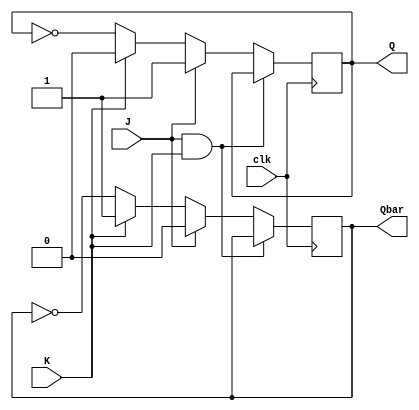
module jk_flipflop(
    input wire J,
    input wire K,
    input wire clk,
    output reg Q,
    output reg Qbar
);

always @(posedge clk) begin
    if (J & K) begin
        Q <= Q;
        Qbar <= Qbar;
    end else if (J) begin
        Q <= 1;
        Qbar <= 0;
    end else if (K) begin
        Q <= 0;
        Qbar <= 1;
    end else begin
        Q <= ~Q;
        Qbar <= ~Qbar;
    end
end

endmodule